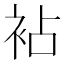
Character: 袩